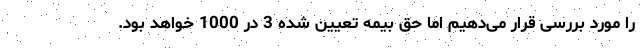
را مورد بررسی قرار می‌دهیم اما حق بیمه تعیین شده 3 در 1000 خواهد بود.